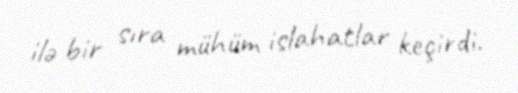
ilə bir sıra mühüm islahatlar keçirdi.